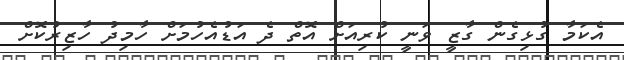
އެކަމާ ގުޅިގެން ގާޒީ ވަނީ ކުރިއަށް އޮތް ދެ އަޑުއެހުމަށް ހާމިދު ހާޒިރުކޮށް